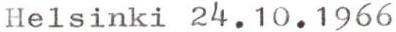
Helsinki 24.10.1966